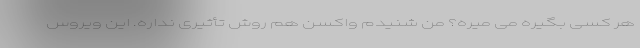
هر کسی بگیره می میره؟ من شنیدم واکسن هم روش تأثیری نداره. این ویروس